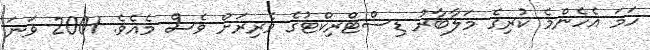
ހަމަ އެހެންމެ ކުރިގެ މަލާބާރު ޑިސްޓްރިކްޓުގެ ވެރިރަށް ވެސް މެއެވެ. 2001 ވަނަ